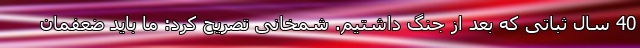
40 سال ثباتی که بعد از جنگ داشتیم. شمخانی تصریح کرد: ما باید ضعفمان